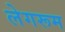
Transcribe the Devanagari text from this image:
लेगरूम